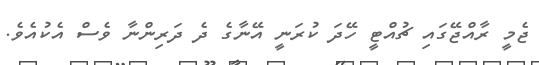
ޖެމީ ރާއްޖޭގައި ޗުއްޓީ ހޭދަ ކުރަނީ އޭނާގެ ދެ ދަރިންނާ ވެސް އެކުއެވެ.